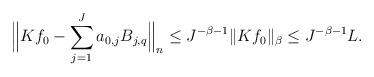
LaTeX: \begin{align*}\Bigl\|Kf_0 - \sum_{j=1}^J a_{0,j} B_{j,q} \Bigr\|_n \leq J^{-\beta -1} \|Kf_0\|_\beta \leq J^{-\beta -1} L.\end{align*}